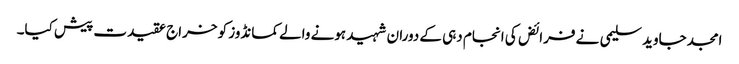
امجد جاوید سلیمی نے فرائض کی انجام دہی کے دوران شہید ہونے والے کمانڈوز کو خراج عقیدت پیش کیا۔